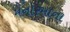
મનોરમાના